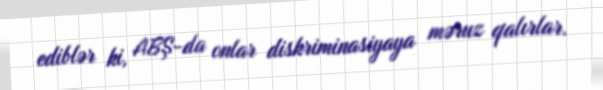
ediblər ki, ABŞ-da onlar diskriminasiyaya məruz qalırlar.